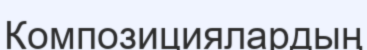
Композициялардың